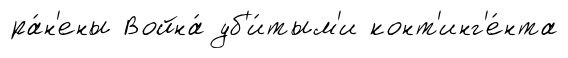
ра́н'ены Война́ уб'и́тым'и конт'инг'е́нта